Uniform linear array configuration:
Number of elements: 48
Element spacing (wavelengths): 0.25
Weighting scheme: hann
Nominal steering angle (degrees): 45
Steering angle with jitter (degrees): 44.505
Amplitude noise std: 0.05
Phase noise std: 0.05

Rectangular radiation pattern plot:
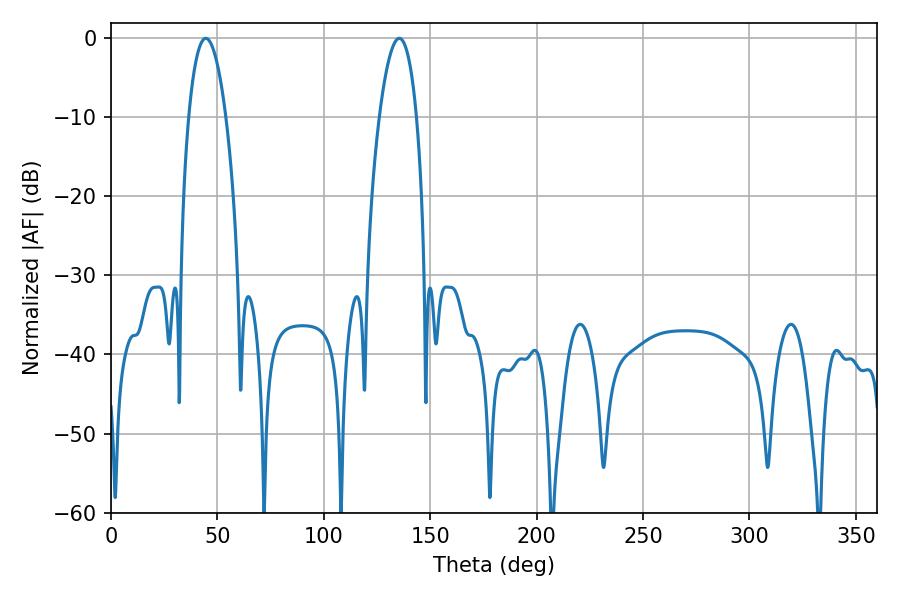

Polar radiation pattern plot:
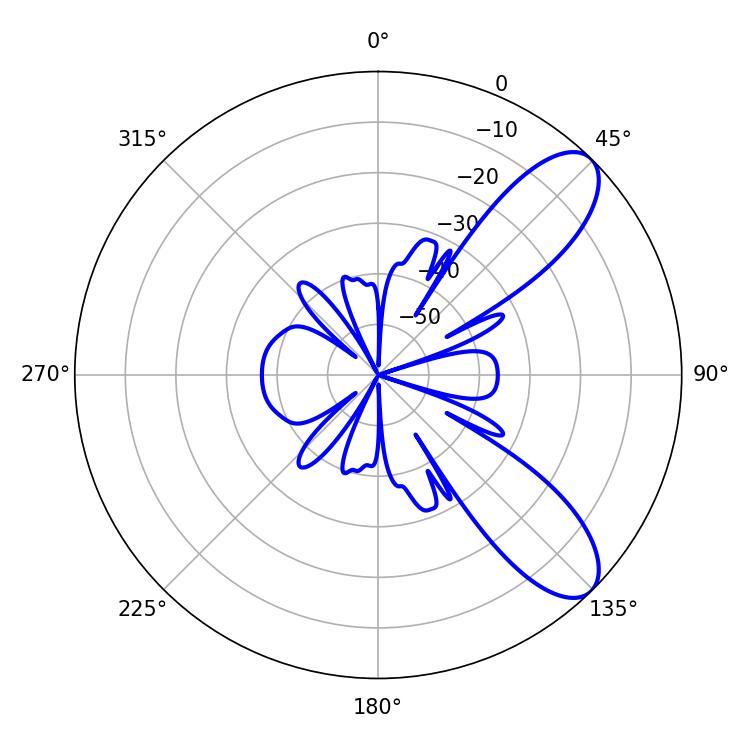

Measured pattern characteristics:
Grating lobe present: FALSE
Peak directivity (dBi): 8.94
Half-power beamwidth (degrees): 9.72
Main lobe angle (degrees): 44.46